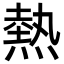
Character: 熱